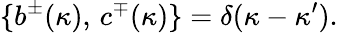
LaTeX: \{ b^{\pm}(\kappa),\, c^{\mp}(\kappa)\} =\delta(\kappa-\kappa^{\prime}).